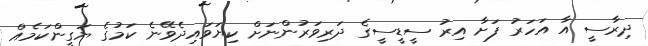
ދިރާސީ އާ އަހަރު ފަށާ އިރު ސީޑީސީގެ ދަރިވަރުންނަށް ކިޔަވައިދެވޭނެ ކަމުގެ ޔަގީންކަމެއް